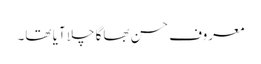
معروف حسن بھاگا چلا آیا تھا۔